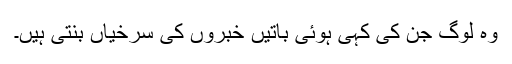
وہ لوگ جن کی کہی ہوئی باتیں خبروں کی سرخیاں بنتی ہیں۔